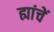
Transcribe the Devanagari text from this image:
ह्यांचें